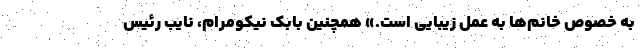
به خصوص خانم‌ها به عمل زیبایی است.» همچنین بابک نیکومرام، نایب رئیس